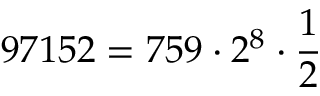
9 7 1 5 2 = 7 5 9 \cdot 2 ^ { 8 } \cdot { \frac { 1 } { 2 } }